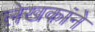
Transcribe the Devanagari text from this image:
लेखकांने